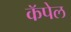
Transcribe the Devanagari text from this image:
कॅपेल